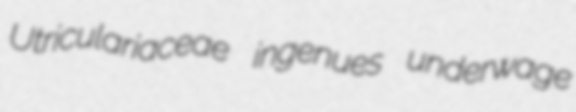
Utriculariaceae ingenues underwage